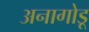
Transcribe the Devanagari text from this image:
अनागोडू